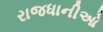
રાજધાનીઓ